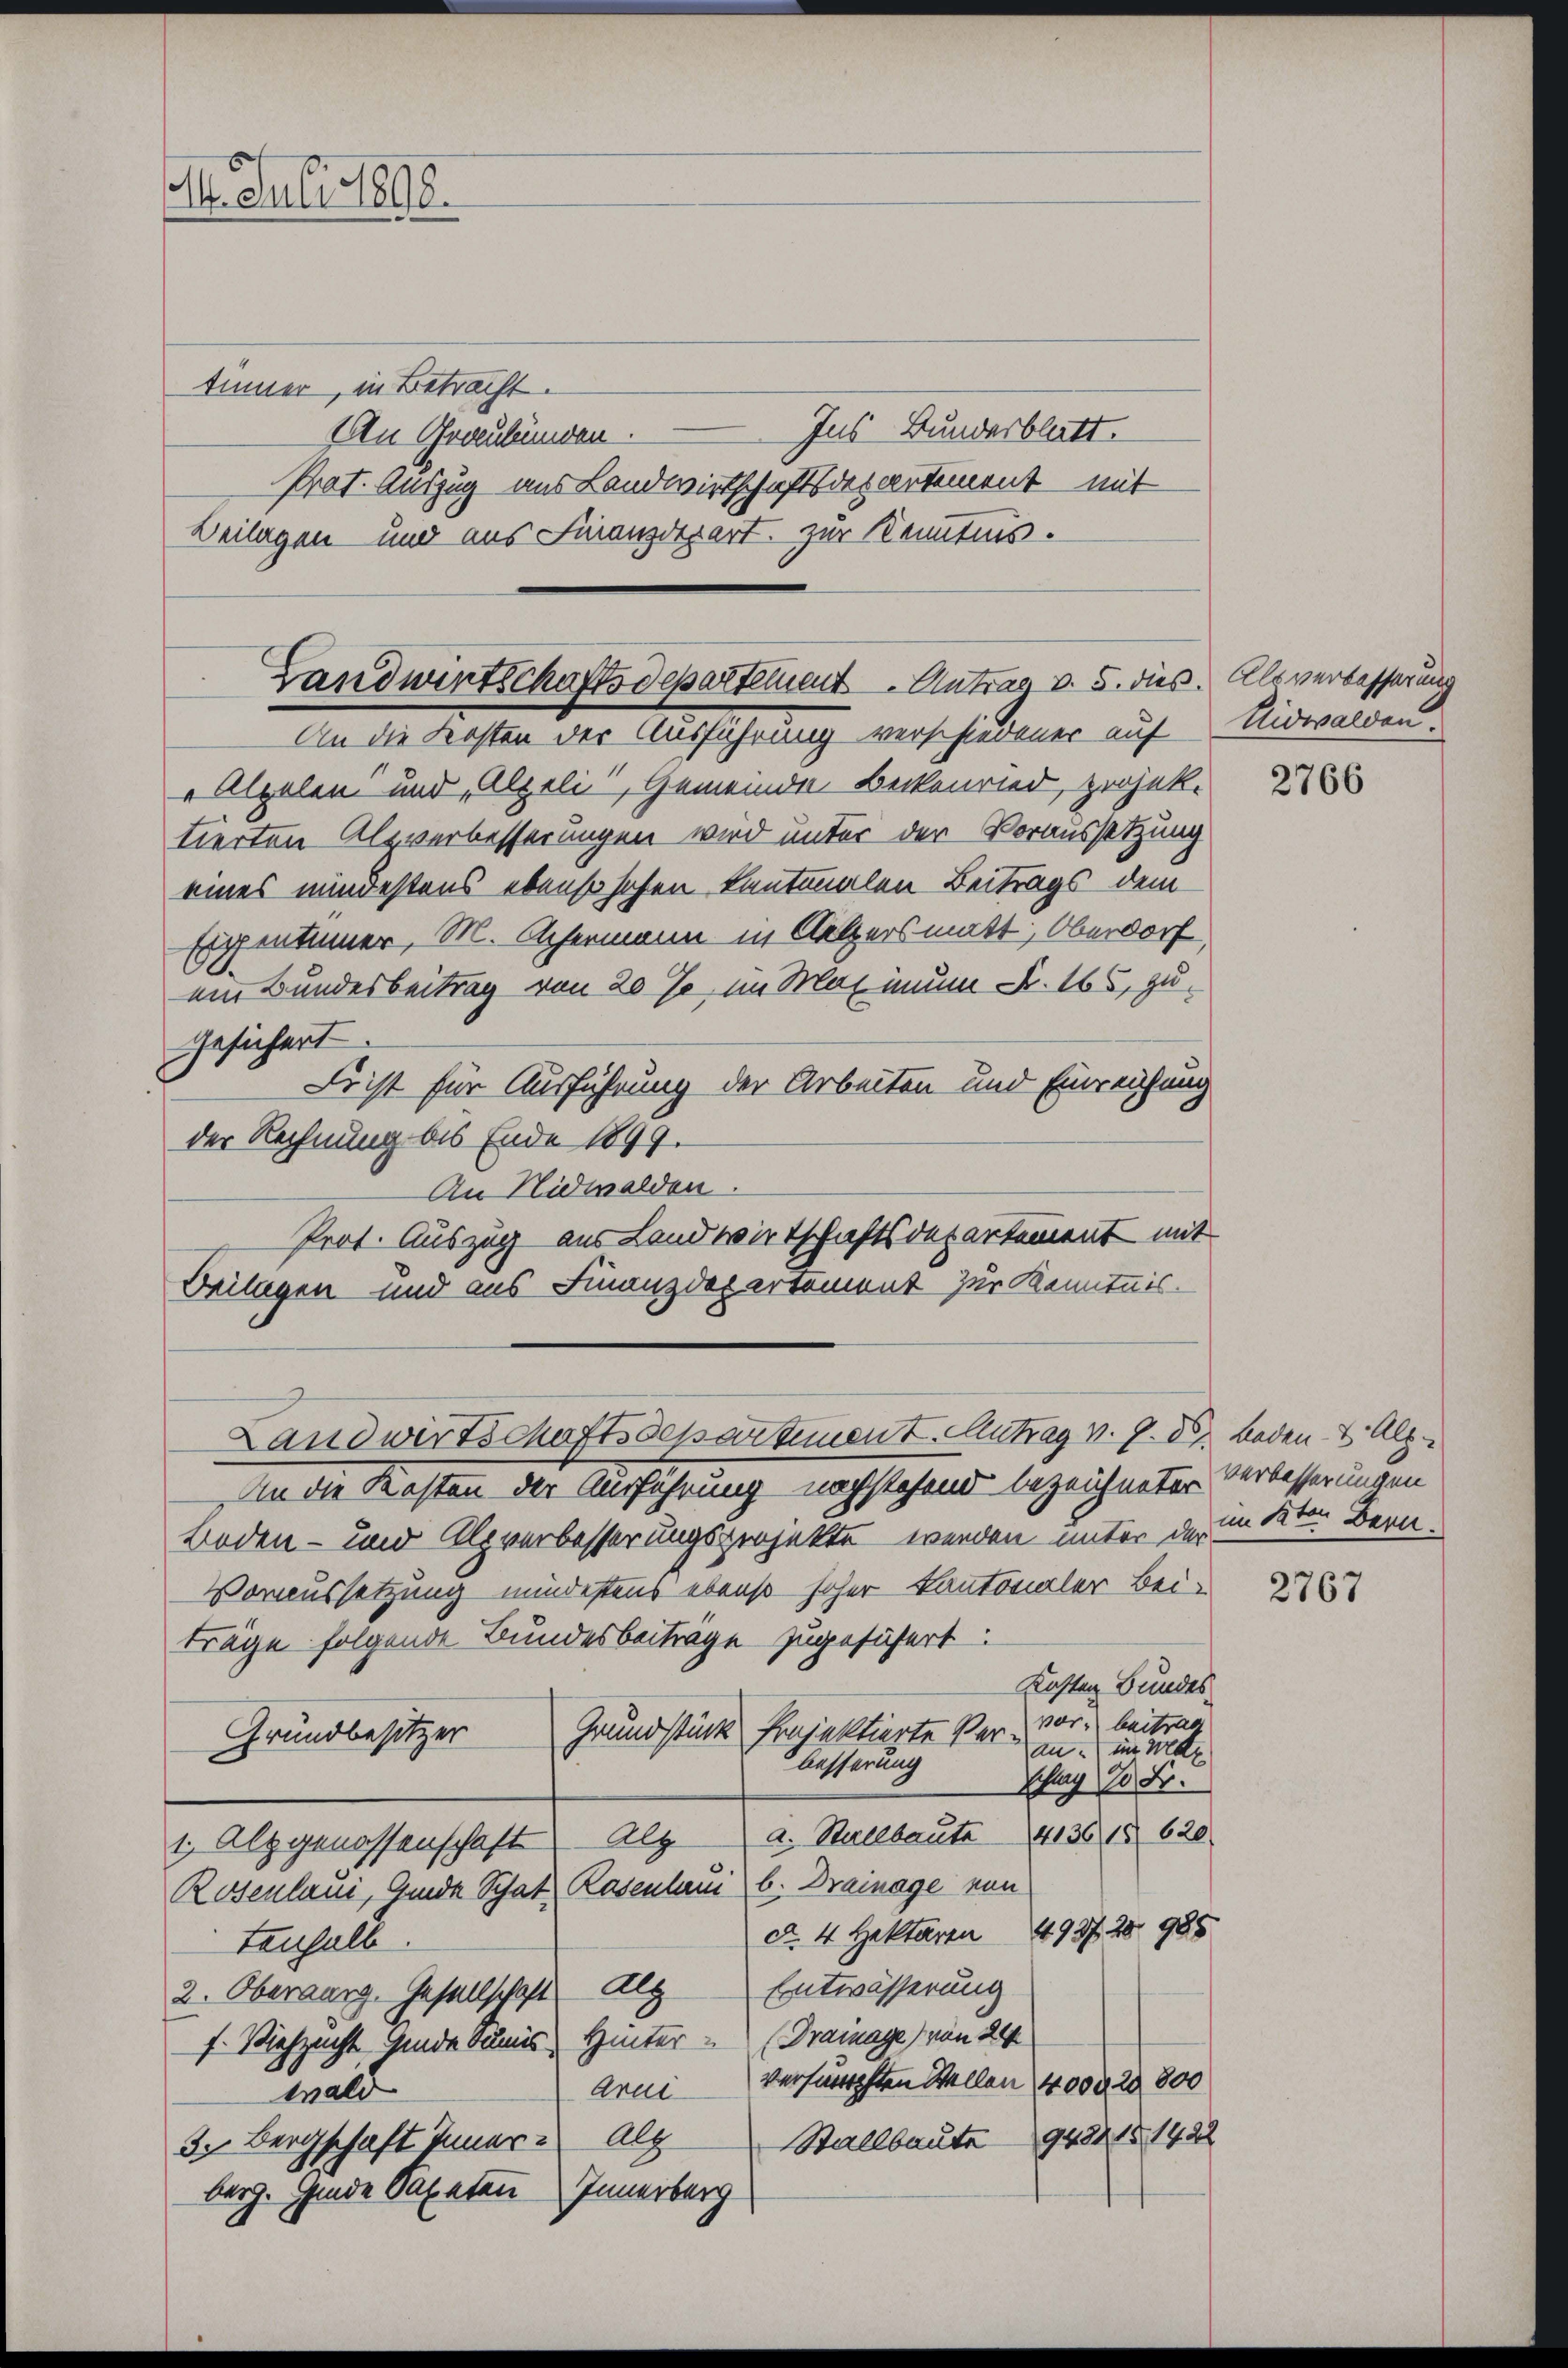
. Juli 1898.
tümer, in Betracht.
An Graubünden.

Ins Bundesblatt.
Prat. Auszug aus Landwirtschaftsdepartement mit
Beilagen und aus Finanzdepart. Zur Kenntnis.

Landwirtschaftsdepartement. Antrag v. 5. dies. Als verbesserung
An die Kosten der Ausführung verschiedener auf Nidwalden

„Alpelen und „Alzeli, Gemeinder Beckenried, projektierten Altverbesserungen wird unter der Voraussetzung
eines mindestens ebenso sehen kantonalen Beitrags dem
Eigentümer, M. Achermann in Gelzers matt, Oberdorf
ein Bundesbeitrag von 20 %, im Maximum Fr. 165, zugesichert
Leist für Ausführung der Arbeiten und Einreichung
der Rechnung bis Ende 1899.
An Nidwalden.
Prof. Auszug aus Landwirtschaftsdepartement mit
Beilagen und aus Finanzdepartement zur Kenntnis.

Landwirtschaftsdepartement. Antrag v. 9. ds Beden- & Alp

An die Kosten der Ausführung nachstehend bezeichneter Verbesserungen
Boden- und Alpverbesserungsprojekte werden unter der
Voraussetzung mindestens ebenso hoher Kantonaler Bei-
träge folgende Bundesbeitrage zugeführt
Kosten Bundes
per. beitrag
Grundstück Projektierte Ver-
Grundbesitzer
an im Mar
besserung
schung 10 Fr.
4136/18 620
a. Stallbaute
Alg
1. Alpgenossenschaft
Rosenlaui, Gmde Schat Rosenlaui b. Drainage von
d. 4 Hektoren 1937. 28. 985
tenhalb.
2. Oberausg. Gesellschaft. Als Entwässerung
f. Viehzucht finde Sumis, Hinter - (Drainage) von 24
verfungsten Stellen 4000 M 800
Arni
wald
Stallbaute 948218 1422
3. Bergschaft Innern Alp
berg. Ginde Sapeten Innerberg

2766

im Kton Bern.

2767